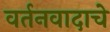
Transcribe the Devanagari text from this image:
वर्तनवादाचे